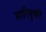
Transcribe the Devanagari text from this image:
मारियुकी